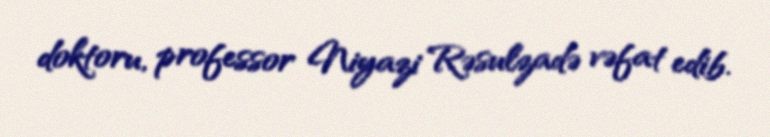
doktoru, professor Niyazi Rəsulzadə vəfat edib.